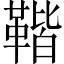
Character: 𩋧